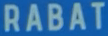
RABAT